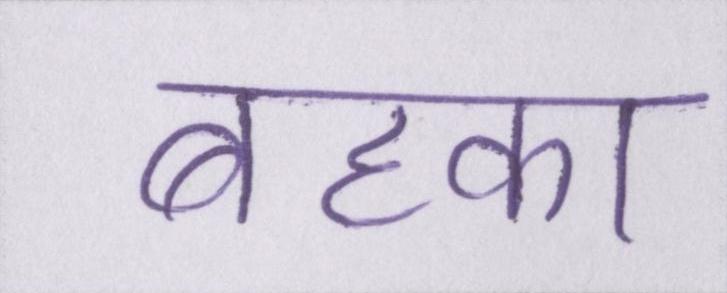
बहका